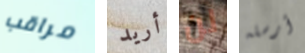
مراقب أريد لن أرسله